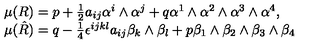
\begin{array} { l } { \mu ( R ) = p + \frac { 1 } { 2 } a _ { i j } \alpha ^ { i } \wedge \alpha ^ { j } + q \alpha ^ { 1 } \wedge \alpha ^ { 2 } \wedge \alpha ^ { 3 } \wedge \alpha ^ { 4 } , } \\ { \mu ( \hat { R } ) = q - \frac { 1 } { 4 } \epsilon ^ { i j k l } a _ { i j } \beta _ { k } \wedge \beta _ { l } + p \beta _ { 1 } \wedge \beta _ { 2 } \wedge \beta _ { 3 } \wedge \beta _ { 4 } } \\ \end{array}